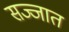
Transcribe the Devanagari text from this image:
सज्जात